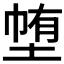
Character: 𭎽